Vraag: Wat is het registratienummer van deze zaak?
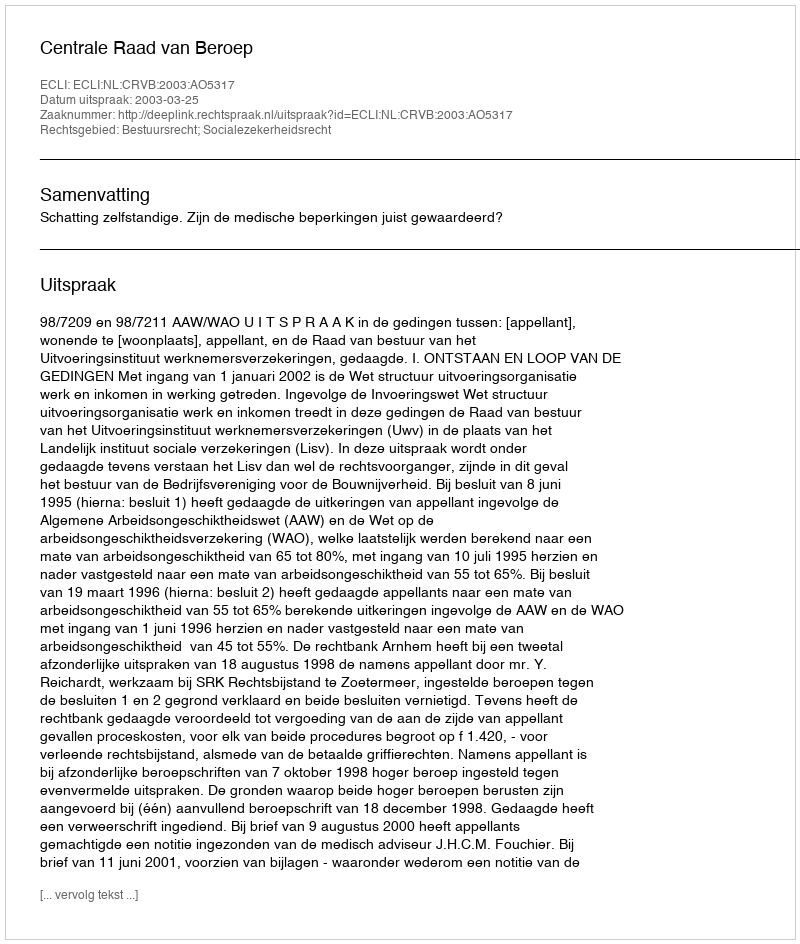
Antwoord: http://deeplink.rechtspraak.nl/uitspraak?id=ECLI:NL:CRVB:2003:AO5317